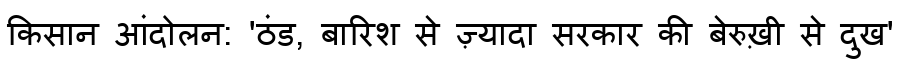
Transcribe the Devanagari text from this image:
किसान आंदोलन: 'ठंड, बारिश से ज़्यादा सरकार की बेरुख़ी से दुख'